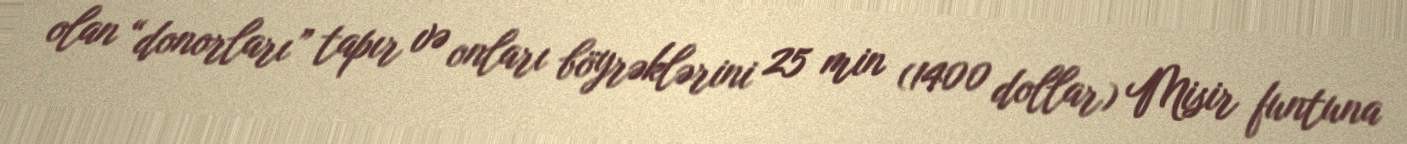
olan “donorları” tapır və onları böyrəklərini 25 min (1400 dollar) Misir funtuna